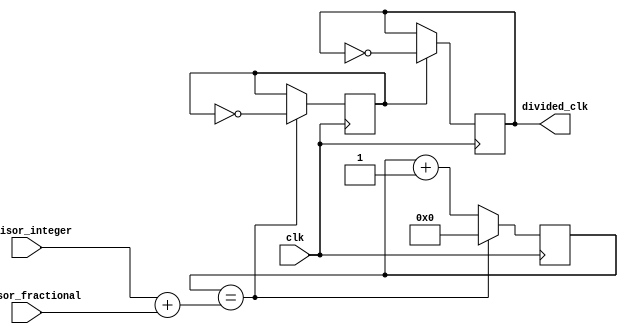
module floating_point_clock_divider (
    input              clk,
    input     [7:0]    divisor_integer,
    input     [7:0]    divisor_fractional,
    output            divided_clk
);

reg   [7:0]  count;
reg            enable;
reg            flipflop;

always @ (posedge clk)
begin
    if (count == (divisor_integer + divisor_fractional))
    begin
        count <= 0;
        enable <= ~enable;
    end
    else
        count <= count + 1;
end

always @ (posedge clk)
begin
    if (enable)
        flipflop <= ~flipflop;
end

assign divided_clk = flipflop;

endmodule